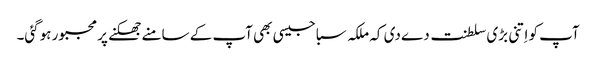
آپ کو اِتنی بڑی سلطنت دے دی کہ ملکہ سبا جیسی بھی آپ کے سامنے جھکنے پر مجبور ہوگئی۔